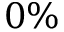
0 \%